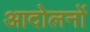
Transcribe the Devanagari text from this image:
आदोलनों